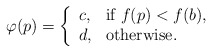
\begin{align*}\varphi(p)=\left\{\begin{array}{ll}c, &\mbox{if $f(p)<f(b)$},\\d, &\mbox{otherwise}.\end{array}\right.\end{align*}